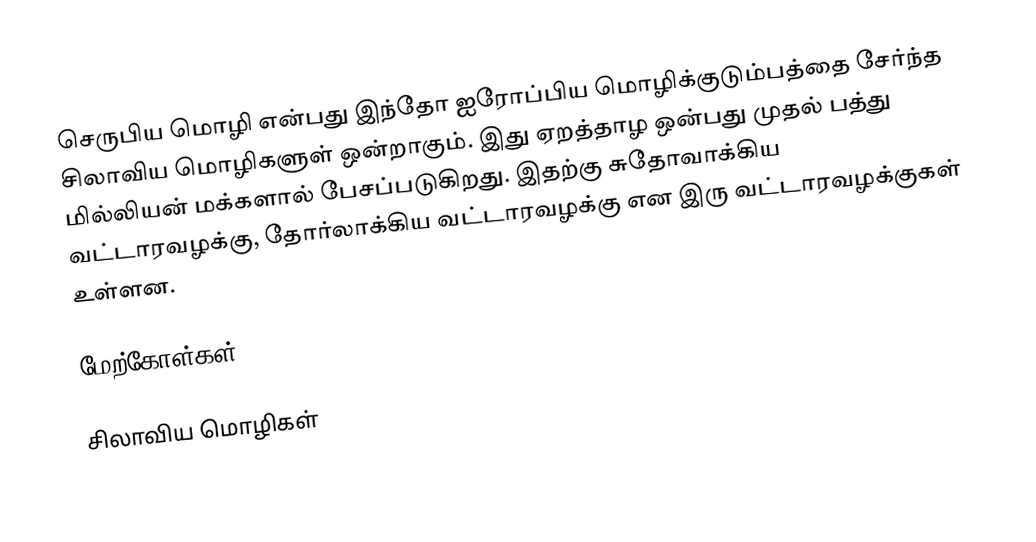
செருபிய மொழி என்பது இந்தோ ஐரோப்பிய மொழிக்குடும்பத்தை சேர்ந்த சிலாவிய மொழிகளுள் ஒன்றாகும். இது ஏறத்தாழ ஒன்பது முதல் பத்து மில்லியன் மக்களால் பேசப்படுகிறது. இதற்கு சுதோவாக்கிய வட்டாரவழக்கு, தோர்லாக்கிய வட்டாரவழக்கு என இரு வட்டாரவழக்குகள் உள்ளன.

மேற்கோள்கள்

சிலாவிய மொழிகள்